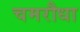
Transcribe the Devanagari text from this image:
चमरौधा